Jaan_Tonisson_(Lasteleht), lk 478
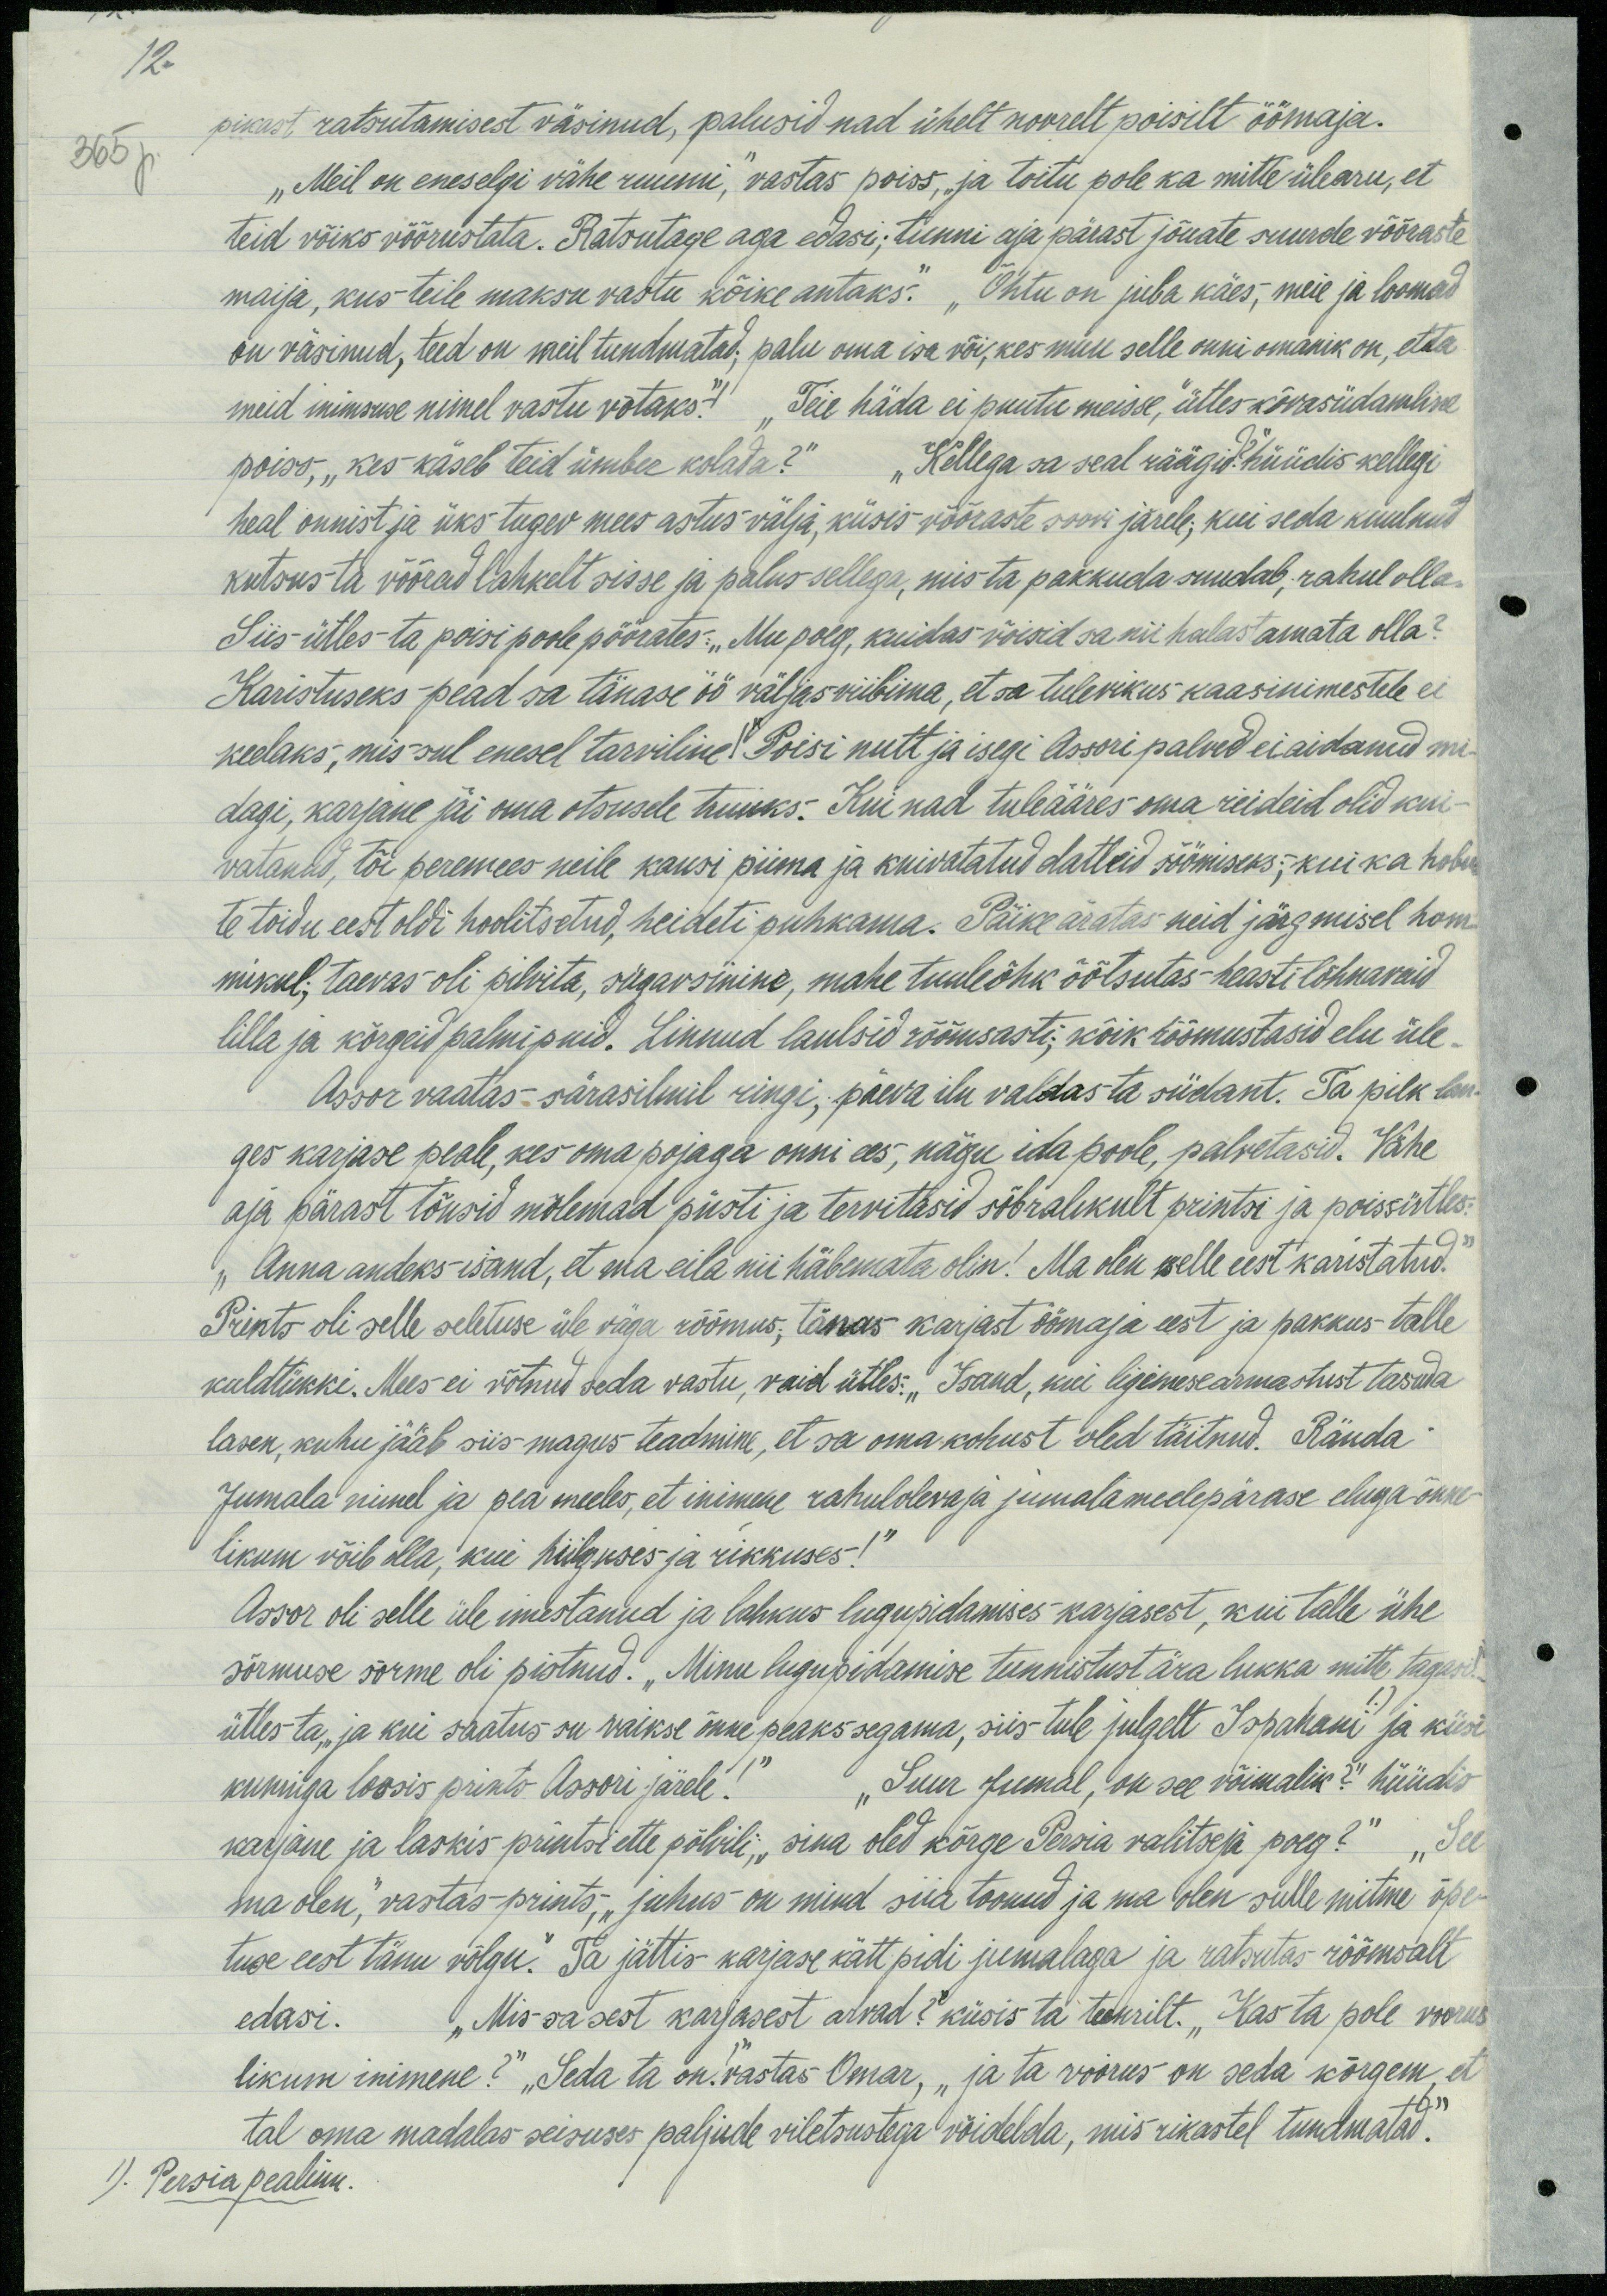
12.
365 p.
pikest ratsutamisest väsinud, palusid nad ühelt noorelt poisilt öömaja.
„Meil on eneselgi vähe ruumi,“ vastas poiss, „ja toitu pole ka mitte ülearu, et
teid võiks rõõrustata. Ratsutage aga edasi; tunni aja pärast jõuate suurde võõraste
majja, kus teile maksu vastu kõike antaks." "Õhtu on juba käes, meie ja loomad
on väsinud, teed on meil tundmatad, palu oma isa või, kes muu selle onni omanik on, et ta
meid inimsuse nimel vastu võtaks." "Teie häda ei puutu meisse," ütles kõvasüdamline
poiss, "kes käseb teid ümber kolada?" "Kellega sa seal räägid hüüdis kellegi
heal onnist ja üks tugev mees astus välja, küsis võõraste soovi järele; kui seda kuulnud
kutsus ta võõrad lahkelt sisse ja palus sellega, mis ta pakkuda suudab, rahul olla
Siis ütles ta poisi poole pöörates: „Mu poeg, kuidas võisid sa nii halastamata olla?“
Karistuseks pead sa tänase öö väljasviibima, et sa tulevikus kaasinimestele ei
keelaks, mis sul enesel tarviline! Poisi nutt ja isegi Assori palved ei aidanud mi-
dagi, karjane jäi oma otsusele truuks. Kui nad tuleääres oma riideid olid kui-
vatanud, tõi peremees neile kausi piima ja kuivatatud datleid söömiseks, kui ka hobus
te toidu eest oldi hoolitsetud, heideti puhkama. Päike äratas neid järgmisel hom-
mikul, taevas oli pilvita, sügavsinine, mahe tuuleõhk õõtsutas-heasti lõhnavaid
lilla ja kõrgeid palmipuid. Linnud laulsid rõõmsasti, kõik rõõmustasid elu üle-
Assor vaatas-särasilmil ringi, päeva ilu valdas ta südant. Ta pilk lan-
ges karjase peale, kes oma pojaga onni ees, nägu ida poole, palvetasid. Vähe
aja pärast tõusid mõlemad püsti ja tervitasid sõbralikult printsi ja poissütles:
„Anna andeks-isand, et ma eila nii häbemata olin! Ma olen selle eest karistatud.
Prints oli selle seletuse üle väga rõõmus, tänas karjast öömaja eest ja pakkus talle
kuldtükki. Mees ei võtnud seda vastu, vaid ütles: „Isand, kui ligimesearmastust tasuda
lasen, kuhu jääb siis magus teadmine, et sa oma kohust oled täitnud. Rända:
Jumala nimel ja pea meeles, et inimene rahuloleva ja jumalameelepärase eluga õnne-
likum võib olla, kui hiilguses ja rikkuses!
Assor oli selle üle imestanud ja lahkus lugupidamises karjasest, kui talle ühe
sõrmuse sõrme oli pistnud. „Minu lugupidamise tunnistust ära lukka mitte tagasi.
ütles ta, "ja kui saatus su vaikse õnne peaks segama, siis tule julgelt Ispahani ja küsi
kuninga lossis prints Assori järele!" "Suur Jumal, on see võimalik?" hüüdis
karjane ja laskis printsi ette põhili, „sina oled kõrge Persia valitseja poeg?“ "See
ma olen", vastas-prints, "juhus on mind siia toonud ja ma olen sulle mitme õpe-
tuse eest tänu võlgu. Ta jättis karjase kätt pidi jumalaga ja ratsutas rõõmsalt
edasi. „Mis sa sest karjasest arvad?“ küsis ta teenrilt. „Kas ta pole voorus
likum inimene?" "Seda ta on vastas Omar, "ja ta voorus on seda kõrgem, et
tal oma madalas seisuses paljude viletsustega võidelda, mis rikastel tundmatad.“
1). Persia pealinn.